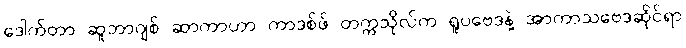
ဒေါက်တာ ဆူဘာဂျစ် ဆာကာဟာ ကာဒစ်ဖ် တက္ကသိုလ်က ရူပဗေဒနဲ့ အာကာသဗေဒဆိုင်ရာ